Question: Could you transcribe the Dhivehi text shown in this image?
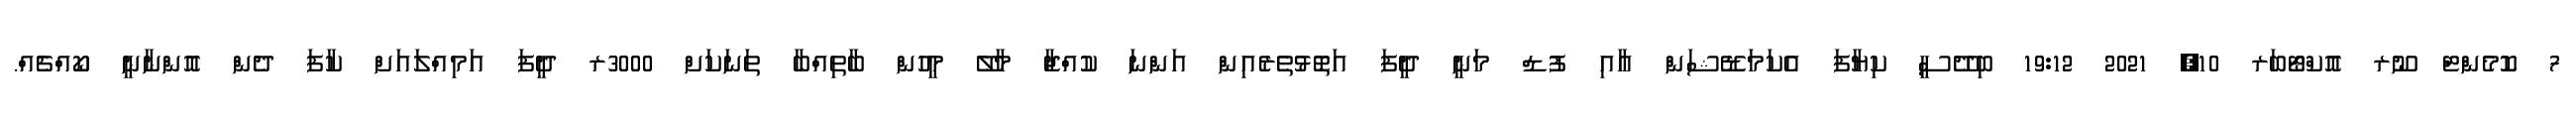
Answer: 7 ކޮމެންޓް ނޫރ އޮކްޓޯބަރ 10, 2021 19:12 ބިދޭސީ ކިޔާފަ އެކަމަޑޭޝަން އާއި ފުޑް މަނީ ދީފަ އަތޮޅުތެރެއިން އަންނަ ކުއްޖާ މާލޭ މީހުން ބާތިއްބާ ތަނަކަށް 3000ރ ދީފަ އަމިއްލައަށް ކާފަ ދެން އޮންނާނީ ކޯއްޗެއް.